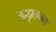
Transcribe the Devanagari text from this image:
उद्‌धृतनग